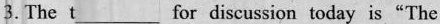
3.The t_for discussion today is"The